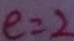
e = 2